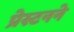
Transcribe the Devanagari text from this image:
प्रेस्टनने